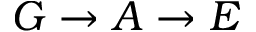
G \rightarrow A \rightarrow E